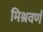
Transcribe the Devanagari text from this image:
मिश्रवर्ण